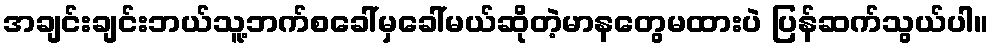
အချင်းချင်းဘယ်သူ့ဘက်စခေါ်မှခေါ်မယ်ဆိုတဲ့မာနတွေမထားပဲ ပြန်ဆက်သွယ်ပါ။